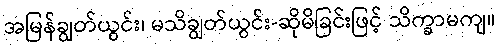
အမြန်ချွတ်ယွင်း၊ မသိချွတ်ယွင်း-ဆိုမိခြင်းဖြင့် သိက္ခာမကျ။